Report on the bubonic plague in Bombay, 1896-1897
Year: 1896
Disease focus: Plague
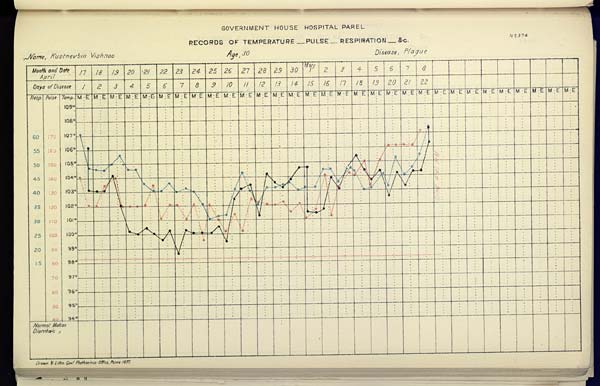
GOVERNMENT HOUSE HOSPITAL PAREL
RECORDS OF TEMPERATURE __ PULSE __ RESPIRATION __ &c. No. 374
Name,
Kustnevbin
Vishnoo
Age,
30
Disease,
Plague
Drawn & Litho Govt. Photozinco, Office, Poona 1897.